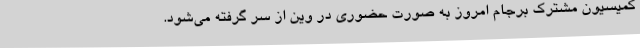
کمیسیون مشترک برجام امروز به صورت حضوری در وین از سر گرفته می‌شود.